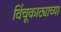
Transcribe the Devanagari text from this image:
विंचूकाट्याच्या